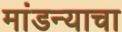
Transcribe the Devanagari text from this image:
मांडन्याचा